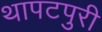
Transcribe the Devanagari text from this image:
थापटपुरी